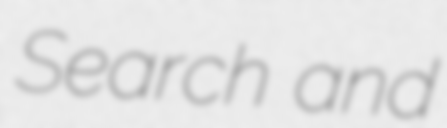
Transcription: Search and